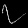
Digit: ၇